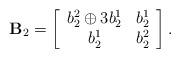
LaTeX: \begin{align*} \mathbf{B}_2 = \left[ \begin{array}{cc} b_2^2 \oplus 3b_2^1 & b_2^1 \\ b_2^1 & b_2^2 \\ \end{array} \right].\end{align*}